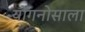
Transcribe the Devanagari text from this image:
योंगनोसाला